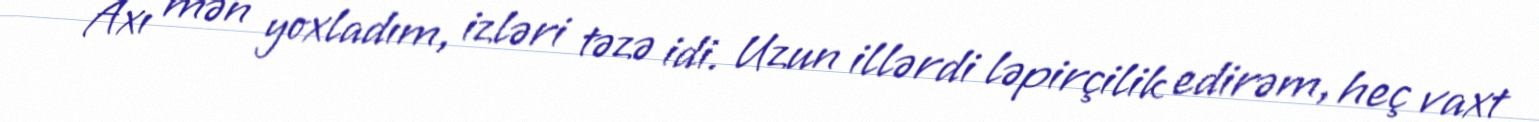
- Axı mən yoxladım, izləri təzə idi. Uzun illərdi ləpirçilik edirəm, heç vaxt